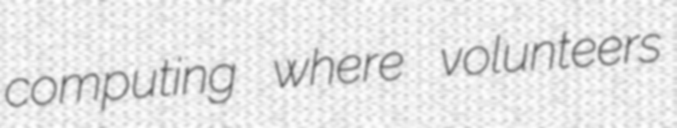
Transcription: computing where volunteers